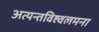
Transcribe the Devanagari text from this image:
अत्यन्तविह्वलमना